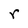
Character: r